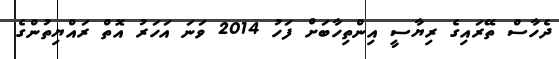
ދެހާސް ތޭރައިގެ ރިޔާސީ އިންތިހާބަށް ފަހު 2014 ވަނަ އަހަރު އޮތް ރައްޔިތުންގެ